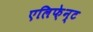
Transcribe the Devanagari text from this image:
एलिफ़ेन्ट